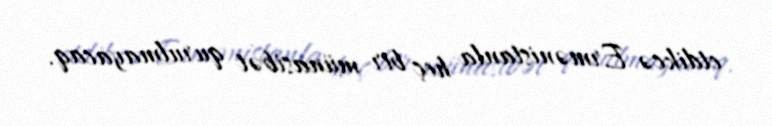
etdikcə Ermənistanla heç bir münasibət qurulmayacaq.